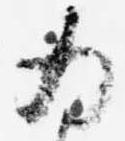
為